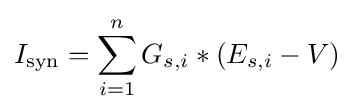
I_{\text{syn}}=\sum \limits _{i=1}^{n}G_{s,i}*(E_{s,i}-V)